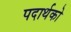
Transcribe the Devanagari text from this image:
पदार्थको